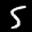
Label: 5